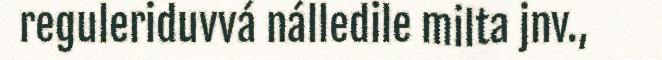
reguleriduvvá nálledile milta jnv.,